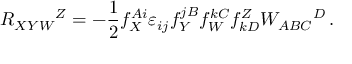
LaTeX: R _ { X Y W } { } ^ { Z } = - \frac 1 2 f _ { X } ^ { A i } \varepsilon _ { i j } f _ { Y } ^ { j B } f _ { W } ^ { k C } f _ { k D } ^ { Z } W _ { A B C } { } ^ { D } \, .